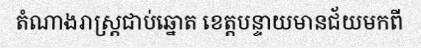
តំណាងរាស្ត្រជាប់ឆ្នោត ខេត្តបន្ទាយមានជ័យមកពី